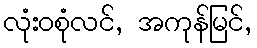
လုံးဝစုံလင်, အကုန်မြင်,